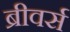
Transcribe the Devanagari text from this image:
ब्रीवर्स